Annual statistical returns and brief notes on vaccination in Bengal - 1887-1898
Year: 1887
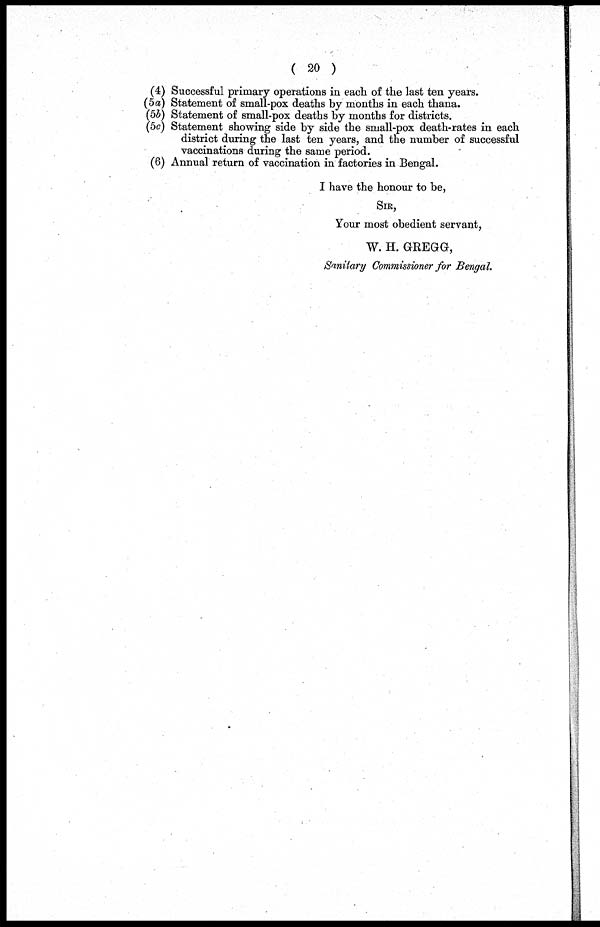
( 20 )
(4) Successful primary operations in each of the last ten years.
(5a) Statement of small-pox deaths by months in each thana.
(5b) Statement of small-pox deaths by months for districts.
(5c) Statement showing side by side the small-pox death-rates in each
district during the last ten years, and the number of successful
vaccinations during the same period.
(6) Annual return of vaccination in factories in Bengal.
I have the honour to be,
SIR,
Your most obedient servant,
W. H. GREGG,
Sanitary Commissioner for Bengal.